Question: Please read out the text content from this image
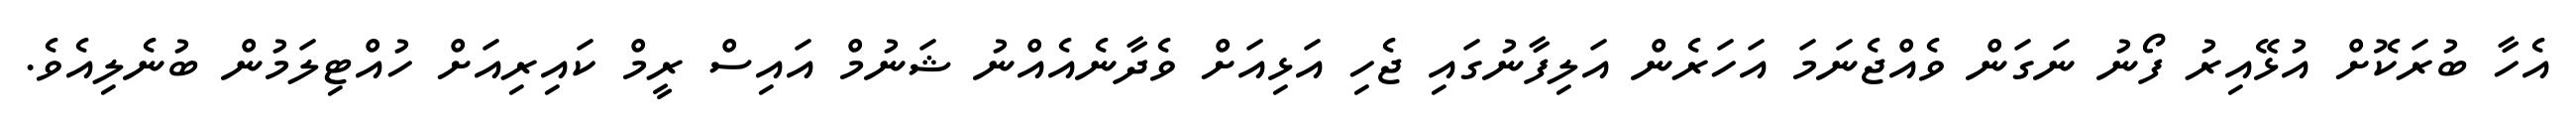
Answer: އެހާ ބުރަކޮށް އުޅޭއިރު ފޯނު ނަގަން ވެއްޖެނަމަ އަހަރެން އަލިފާނުގައި ޖެހި އަޅިއަށް ވެދާނެއެއްނު ޝަނުމް އައިސް ރީމް ކައިރިއަށް ހުއްޓިލަމުން ބުނެލިއެވެ.